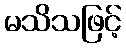
မသိသဖြင့်